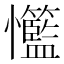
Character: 𢥸